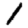
Digit: 1